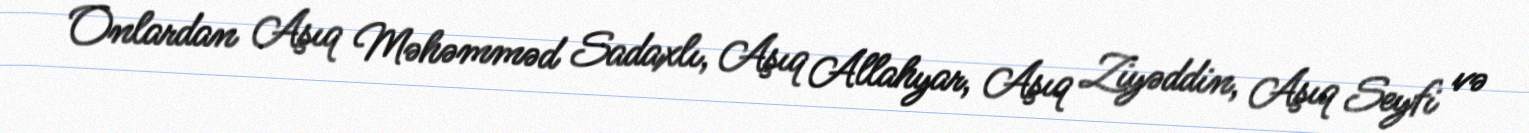
Onlardan Aşıq Məhəmməd Sadaxlı, Aşıq Allahyar, Aşıq Ziyəddin, Aşıq Seyfi və